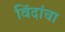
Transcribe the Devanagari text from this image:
विंदांचा